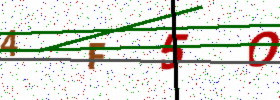
Text: 4F5O